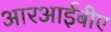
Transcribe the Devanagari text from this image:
आरआईबीए